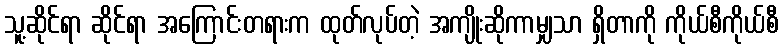
သူ့ဆိုင်ရာ ဆိုင်ရာ အကြောင်းတရားက ထုတ်လုပ်တဲ့ အကျိုးဆိုကာမျှသာ ရှိတာကို ကိုယ်စီကိုယ်စီ